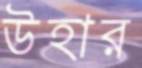
উহার